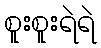
စူးစူးရဲရဲ